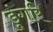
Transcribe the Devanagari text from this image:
डुंगरि